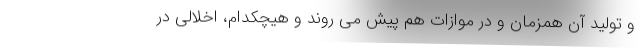
و تولید آن همزمان و در موازات هم پیش می روند و هیچکدام، اخلالی در